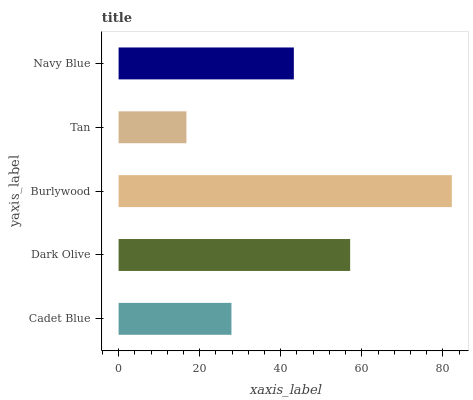
| yaxis_label | bars |
 | --- | --- |
 | Cadet Blue | 27.8 |
 | Dark Olive | 57.1 |
 | Burlywood | 82.2 |
 | Tan | 16.7 |
 | Navy Blue | 43.2 |